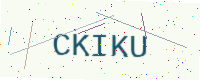
Text: CKIKU